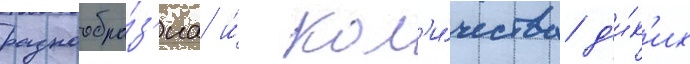
разнообра́з'иа и́ кол'и́чества д'и́к'их